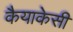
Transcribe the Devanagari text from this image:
कैयाकेसी